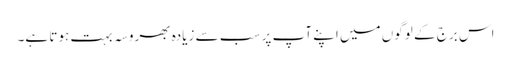
اس برج کے لوگوں میں اپنے آپ پر سب سے زیادہ بھروسہ بہت ہوتا ہے۔